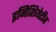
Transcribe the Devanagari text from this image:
इनिशियेटीव